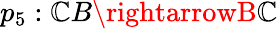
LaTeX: p_{5}:\mathbb{C}B\rightarrowB\mathbb{C}